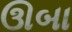
ઊબા